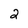
Character: 2